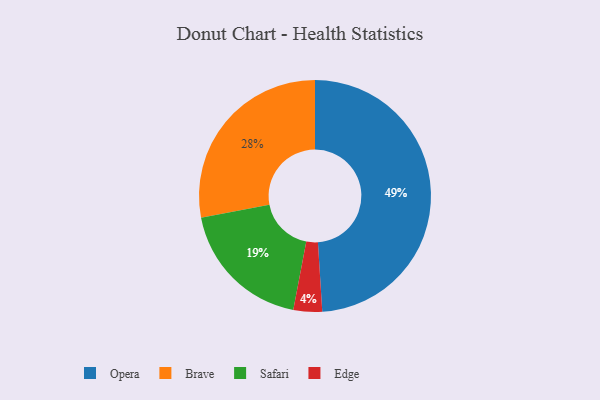
{"axis": {"x": "Category", "y": "Percentage"}, "legend": ["Brave", "Edge", "Opera", "Safari"], "data": [{"x": "Opera", "y": 49, "type": "Opera"}, {"x": "Brave", "y": 28, "type": "Brave"}, {"x": "Safari", "y": 19, "type": "Safari"}, {"x": "Edge", "y": 4, "type": "Edge"}]}